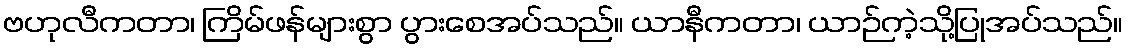
ဗဟုလီကတာ၊ ကြိမ်ဖန်များစွာ ပွားစေအပ်သည်။ ယာနီကတာ၊ ယာဉ်ကဲ့သို့ပြုအပ်သည်။